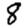
Digit: 8